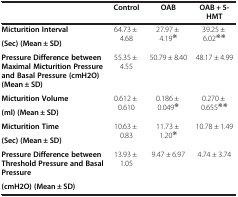
<table><thead><tr><td><b> </b></td><td><b>Control</b></td><td><b>OAB</b></td><td><b>OAB + 5-</b></td></tr><tr><td><b> </b></td><td><b> </b></td><td><b> </b></td><td><b>HMT</b></td></tr></thead><tbody><tr><td><b>Micturition Interval</b></td><td rowspan="2">64.73 ± 4.68</td><td rowspan="2">27.97 ± 4.19<sup>※</sup></td><td rowspan="2">39.25 ± 6.02<sup>※※</sup></td></tr><tr><td><b>(Sec) (Mean ± SD)</b></td></tr><tr><td><b>Pressure Difference between Maximal Micturition Pressure and Basal Pressure (cmH2O) (Mean ± SD)</b></td><td>55.35 ± 4.55</td><td>50.79 ± 8.40</td><td>48.17 ± 4.99</td></tr><tr><td><b>Micturition Volume</b></td><td rowspan="2">0.612 ± 0.610</td><td rowspan="2">0.186 ± 0.049<sup>※</sup></td><td rowspan="2">0.270 ± 0.655<sup>※※</sup></td></tr><tr><td><b>(ml) (Mean ± SD)</b></td></tr><tr><td><b>Micturition Time</b></td><td rowspan="2">10.63 ± 0.83</td><td rowspan="2">11.73 ± 1.20<sup>※</sup></td><td rowspan="2">10.78 ± 1.49</td></tr><tr><td><b>(Sec) (Mean ± SD)</b></td></tr><tr><td><b>Pressure Difference between Threshold Pressure and Basal Pressure</b></td><td rowspan="2">13.93 ± 1.05</td><td rowspan="2">9.47 ± 6.97</td><td rowspan="2">4.74 ± 3.74</td></tr><tr><td><b>(cmH2O) (Mean ± SD)</b></td></tr></tbody></table>